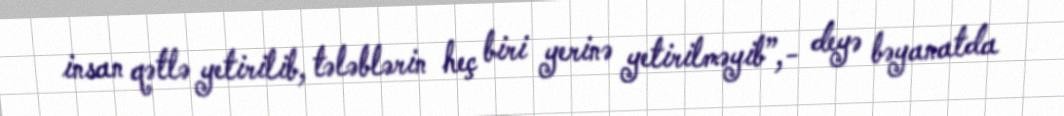
insan qətlə yetirilib, tələblərin heç biri yerinə yetirilməyib”,- deyə bəyanatda